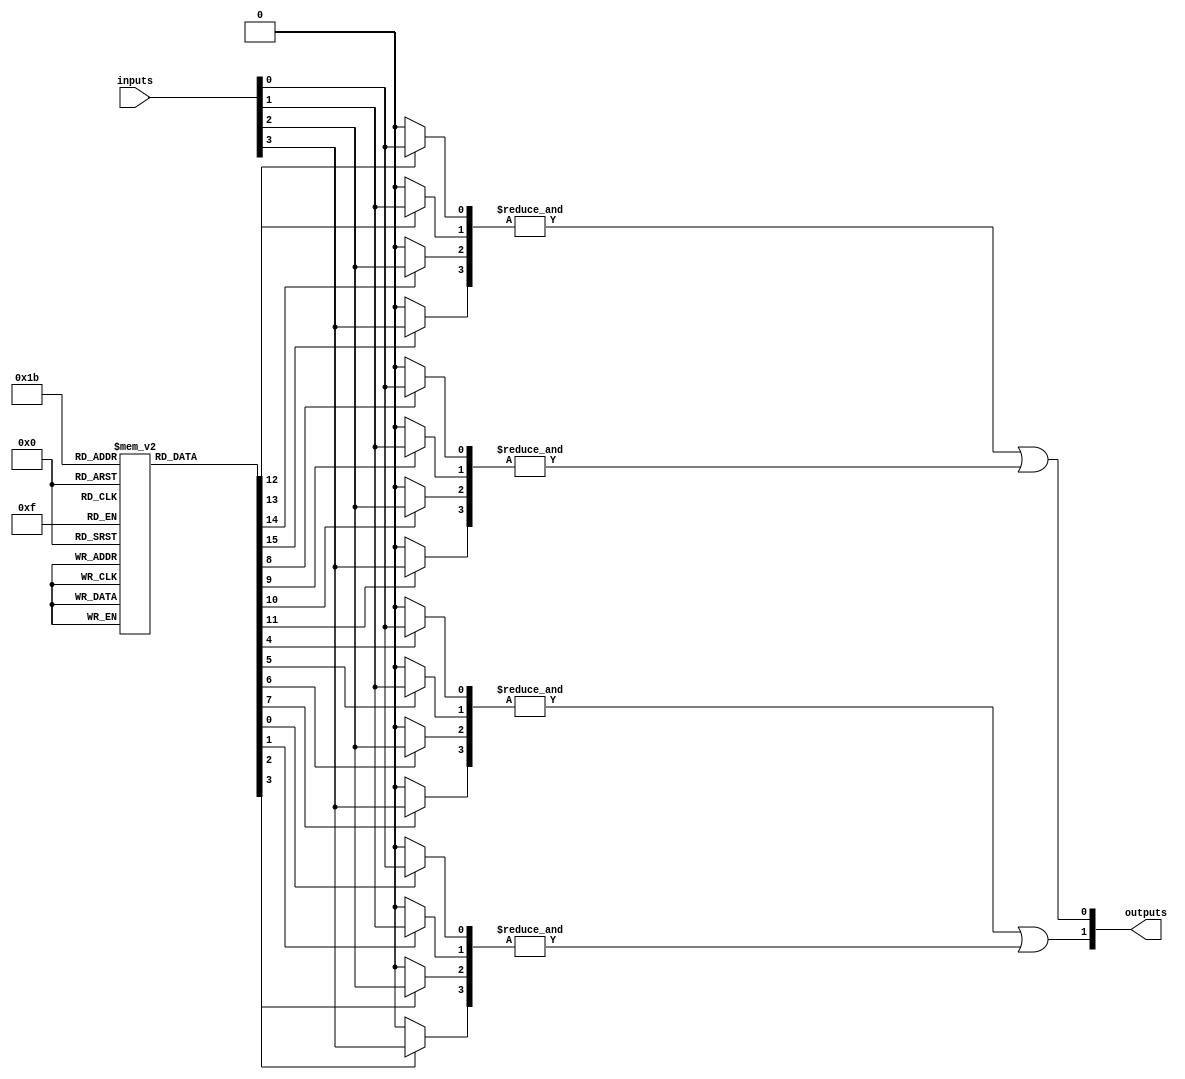
module PAL (
    input wire [N-1:0] inputs,      // N input signals
    output wire [M-1:0] outputs      // M output signals
);

// Parameters for the number of inputs, outputs, and product terms
parameter N = 4; // Number of inputs
parameter M = 2; // Number of outputs
parameter P = 4; // Number of product terms (AND gates)

// Programmable AND array
wire [P-1:0] and_outputs; // Outputs of the AND gates

// Example of programmable connections (1 = connected, 0 = not connected)
// Each row corresponds to an AND gate, and each column corresponds to an input
reg [N-1:0] and_connections [P-1:0];

// Initialize the connections (this would be done during programming)
initial begin
    // Example programming: 
    // AND gate 0: inputs 0 and 1
    // AND gate 1: inputs 1 and 2
    // AND gate 2: inputs 2 and 3
    // AND gate 3: inputs 0 and 3
    and_connections[0] = 4'b0011; // AND gate 0: A0 & A1
    and_connections[1] = 4'b0110; // AND gate 1: A1 & A2
    and_connections[2] = 4'b1100; // AND gate 2: A2 & A3
    and_connections[3] = 4'b1001; // AND gate 3: A0 & A3
end

// Generate the AND gate outputs based on the connections
genvar i, j;
generate
    for (i = 0; i < P; i = i + 1) begin : and_gate
        wire [N-1:0] inputs_for_and;
        for (j = 0; j < N; j = j + 1) begin
            assign inputs_for_and[j] = and_connections[i][j] ? inputs[j] : 1'b0;
        end
        assign and_outputs[i] = &inputs_for_and; // AND operation
    end
endgenerate

// Fixed OR array
assign outputs[0] = and_outputs[0] | and_outputs[1]; // Output 0: AND0 + AND1
assign outputs[1] = and_outputs[2] | and_outputs[3]; // Output 1: AND2 + AND3

endmodule